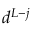
d ^ { L - j }